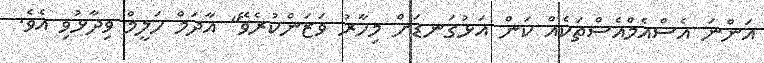
އަންނަ އެސްއެމްއެސްތަކެއް ކަން އަޅުގަނޑަށް މިހާރު ވަޒަންކުރެވޭ" އާދަމް ހަލީމް ވިދާޅުވި އެވެ.